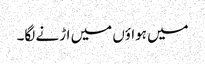
میں ہواؤں میں اڑنے لگا۔